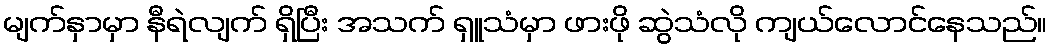
မျက်နှာမှာ နီရဲလျက် ရှိပြီး အသက် ရှူသံမှာ ဖားဖို ဆွဲသံလို ကျယ်လောင်နေသည်။